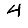
Digit: 4